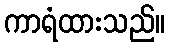
ကာရံထားသည်။